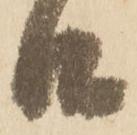
口